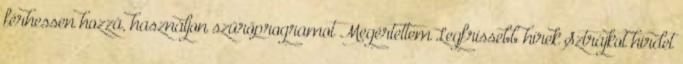
férhessen hozzá, használjon szűrőprogramot Megértettem Legfrissebb hírek Sztrájkot hirdet